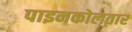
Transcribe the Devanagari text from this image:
पाइनकोलतार